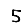
Digit: 5